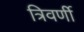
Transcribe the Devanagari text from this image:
त्रिवर्णी